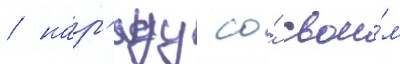
/ нар'яду со́ свои́м